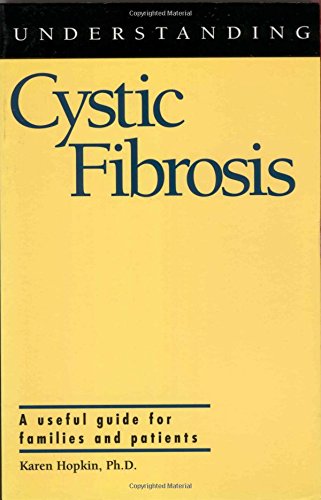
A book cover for Understanding Cystic Fibrosis (Understanding Health and Sickness Series); Karen Hopkin; Health, Fitness & Dieting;